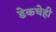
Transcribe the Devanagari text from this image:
डेकचेही